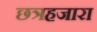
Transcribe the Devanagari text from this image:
छत्रहजारा